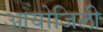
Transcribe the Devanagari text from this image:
आयोजिली